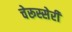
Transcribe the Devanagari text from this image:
चेरूस्सेरी